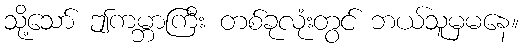
သို့သော် ဤကမ္ဘာကြီး တစ်ခုလုံးတွင် ဘယ်သူမှမနေ။